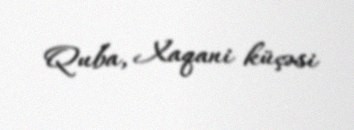
Quba, Xaqani küçəsi